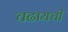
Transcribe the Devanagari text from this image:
चढायची